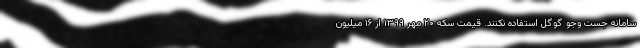
سامانه جست وجو گوگل استفاده نکنند. قیمت سکه ۲۰ مهر ۱۳۹۹ از ۱۶ میلیون